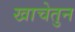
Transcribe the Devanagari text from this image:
खाचेतुन